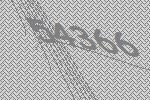
54366